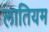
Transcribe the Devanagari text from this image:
लातियम